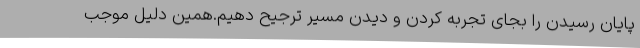
پایان رسیدن را بجای تجربه کردن و دیدن مسیر ترجیح دهیم.همین دلیل موجب